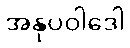
အနုပဝါဒေါ